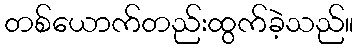
တစ်ယောက်တည်းထွက်ခဲ့သည်။